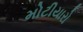
મોટીયારો